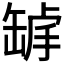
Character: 𦈾